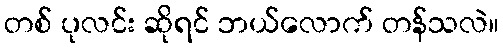
တစ် ပုလင်း ဆိုရင် ဘယ်လောက် တန်သလဲ။